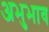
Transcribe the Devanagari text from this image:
अभुभाव